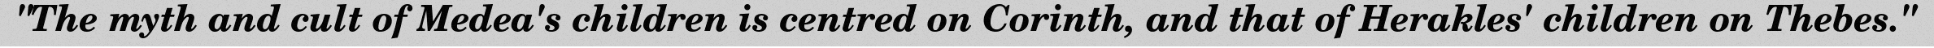
"The myth and cult of Medea's children is centred on Corinth, and that of Herakles' children on Thebes."